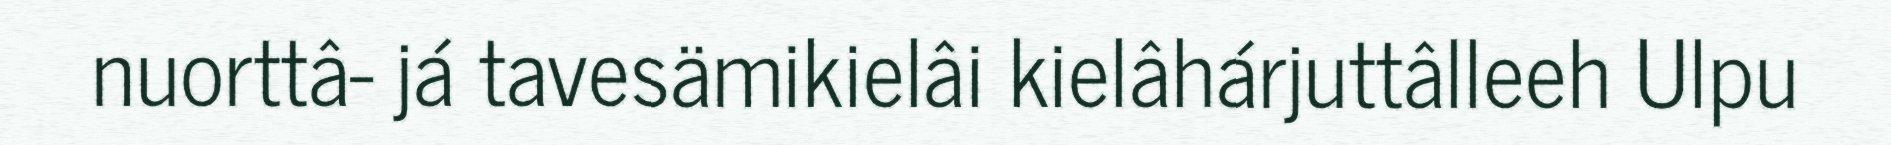
nuorttâ- já tavesämikielâi kielâhárjuttâlleeh Ulpu